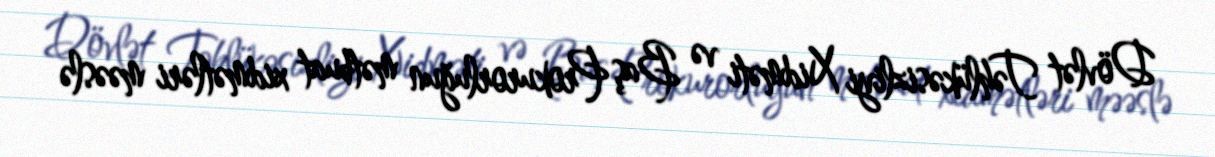
Dövlət Təhlükəsizliyi Xidməti və Baş Prokurorluğun mətbuat xidmətləri məəslə